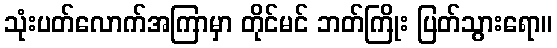
သုံးပတ်လောက်အကြာမှာ တိုင်မင် ဘတ်ကြိုး ပြတ်သွားရော။